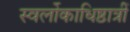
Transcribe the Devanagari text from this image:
स्वर्लोकाधिष्ठात्रीं